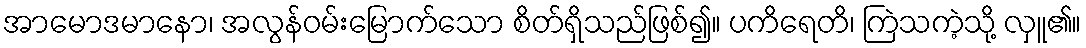
အာမောဒမာနော၊ အလွန်ဝမ်းမြောက်သော စိတ်ရှိသည်ဖြစ်၍။ ပကိရေတိ၊ ကြဲသကဲ့သို့ လှူ၏။